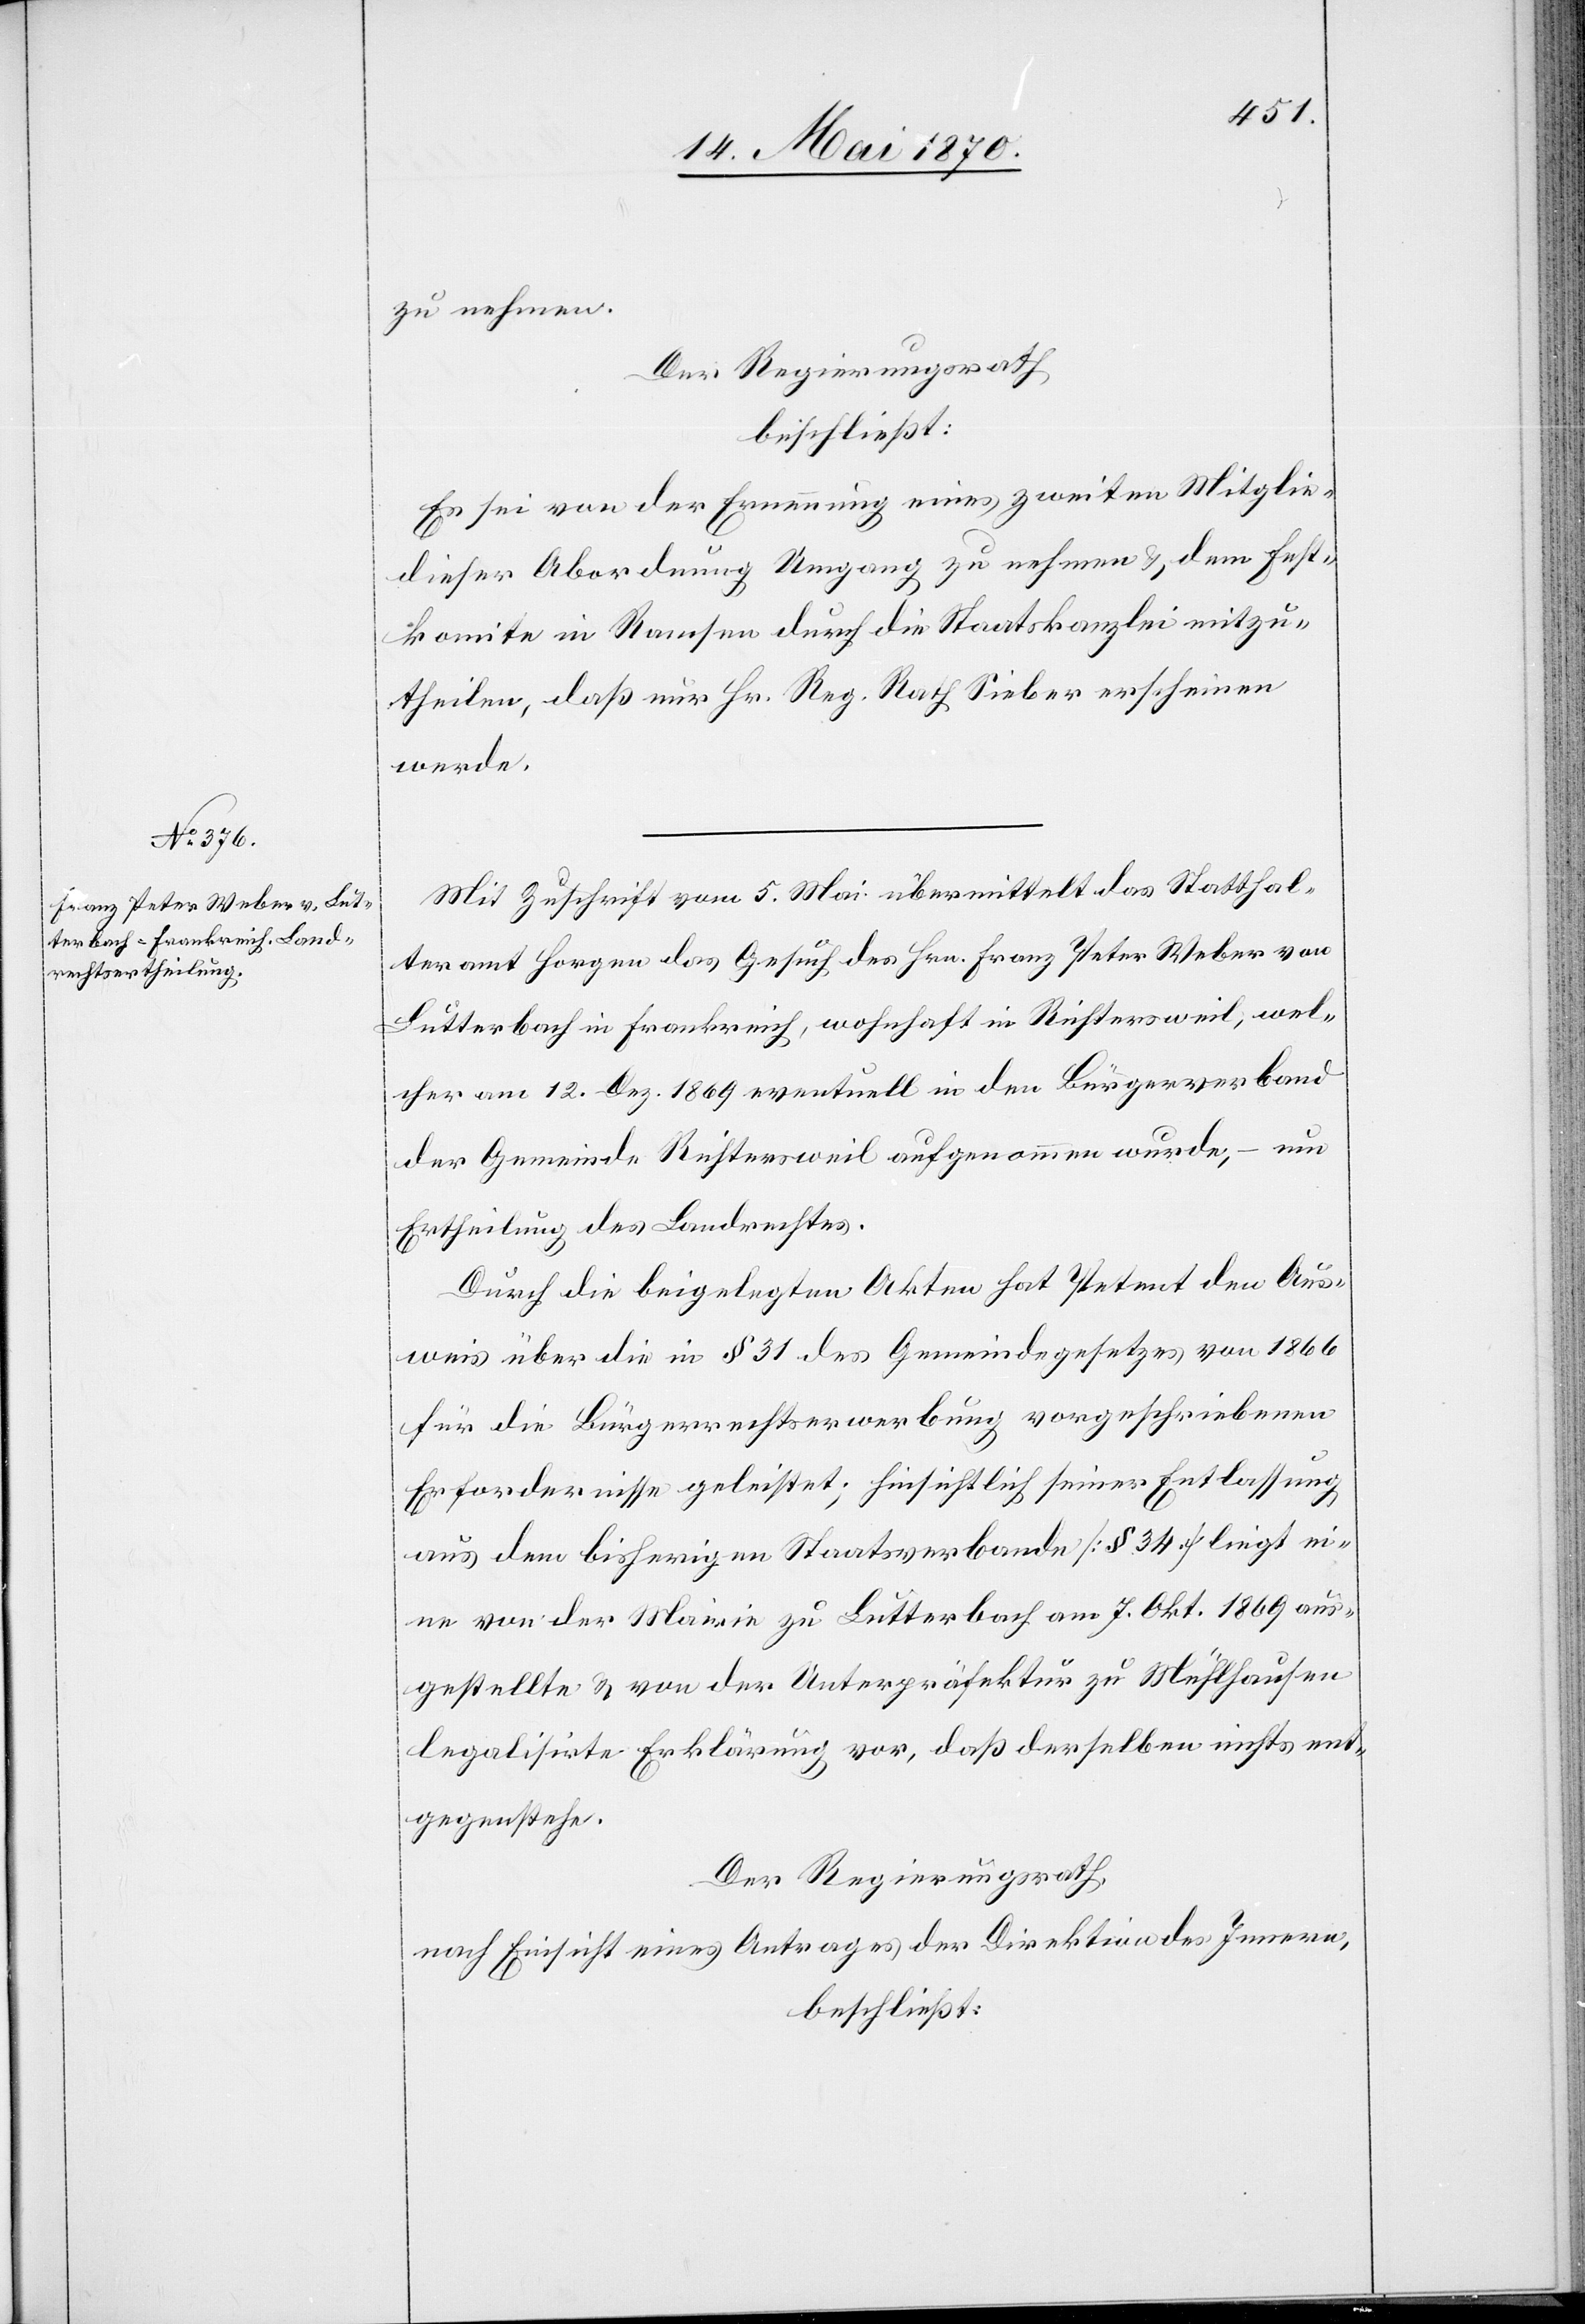
zu nehmen.
Der Regierungsrath
beschließt:
Es sei von der Ernennung eines zweiten Mitglie[des]
dieser Abordnung Umgang zu nehmen & dem Fest¬
komite in Ramsen durch die Staatskanzlei mitzu¬
theilen, daß nur Hr. Reg. Rath Sieber erscheinen
werde.
Mit Zuschrift vom 5. Mai übermittelt das Statthal¬
teramt Horgen das Gesuch des Hrn. Franz Peter Weber von
Lutterbach in Frankreich, wohnhaft in Richtersweil, wel¬
cher am 12. Dez. 1869 eventuell in den Bürgerverband
der Gemeinde Richtersweil aufgenommen wurde, – um
Ertheilung des Landrechtes.
Durch die beigelegen Akten hat Petent den Aus¬
weis über die in § 31 des Gemeindegesetzes von 1866
für die Bürgerrechtserwerbung vorgeschriebenen
Erfordernisse geleistet; hinsichtlich seiner Entlassung
aus dem bisherigen Staatsverbande [§ 34] liegt ei¬
ne von der Marie zu Lutterbach am 7. Okt. 1869 aus¬
gestellte & von der Unterpräfektur zu Mühlhausen
legalisirte Erklärung vor, daß derselben nichts ent¬
gegenstehe.
Der Regierungsrath,
nach Einsicht eines Antrages der Direktion des Innern,
beschließt: